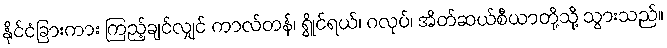
နိုင်ငံခြားကား ကြည့်ချင်လျှင် ကာလ်တန်၊ ရွိုင်ရယ်၊ ဂလုပ်၊ အိတ်ဆယ်စီယာတို့သို့ သွားသည်။